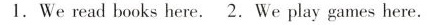
1.Weread books here.2. We play games here.